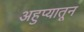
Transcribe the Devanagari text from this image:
अहुप्यातून